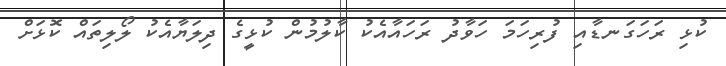
ކުޅި ރަހަގަނޑާއި ފުރިހަމަ ހަވާދު ރަހައާއެކު ކާލުމުން ކުޅީގެ ދިލަޔާއެކު ލޯލިތައް ކޮޅަށް